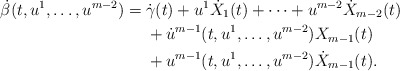
\begin{align*}\dot{\beta}(t, u^{1}, \dotsc, u^{m-2}) = {} & \dot{\gamma}(t) + u^{1} \dot{X}_{1}(t) + \dotsb + u^{m-2} \dot{X}_{m-2}(t)\\&+ \dot{u}^{m-1}(t, u^{1}, \dotsc, u^{m-2}) X_{m-1}(t)\\&+ u^{m-1}(t, u^{1}, \dotsc, u^{m-2}) \dot{X}_{m-1}(t).\end{align*}